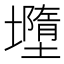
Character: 𭐄